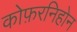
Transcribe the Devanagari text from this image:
कोफ़रनिहोन